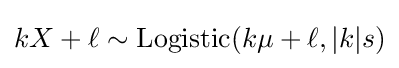
kX+\ell \sim \mathrm {Logistic} (k\mu +\ell ,|k|s)